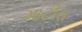
માટીરા